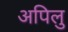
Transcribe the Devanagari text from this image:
अपिलु